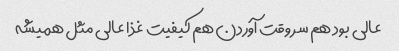
عالی بود هم سر وقت آوردن هم کیفیت غذا عالی مثل همیشه